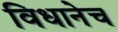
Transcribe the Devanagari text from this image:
विधानेच